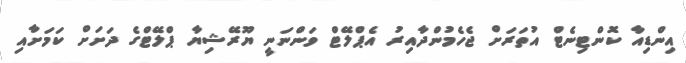
އިންޑިއާ ކޮންޓިނެޓް އުތަރަށް ޖެހެމުންދާއިރު އެޕްލޭޓް ވަންނަނީ ޔޫރޭޝިޔާ ޕްލޭޓްގެ ދަށަށް ކަމަށާއި